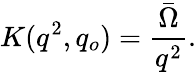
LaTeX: K(q^{2},q_{o})={\frac{\bar{\Omega}}{q^{2}}}.